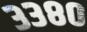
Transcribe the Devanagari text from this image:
३३८०